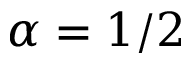
\alpha = 1 / 2